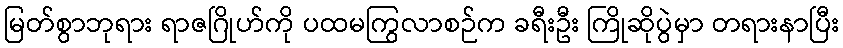
မြတ်စွာဘုရား ရာဇဂြိုဟ်ကို ပထမကြွလာစဉ်က ခရီးဦး ကြိုဆိုပွဲမှာ တရားနာပြီး